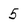
Character: 5